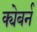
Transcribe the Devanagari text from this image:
क्येबर्न